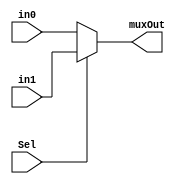
module mux2to1_4bit(input [3:0] in0, input [3:0] in1, input Sel, output reg [3:0] muxOut);
	always @ (in0,in1,Sel)
	begin
		if(~Sel)
			muxOut=in0;
		else
			muxOut=in1;
	end
endmodule